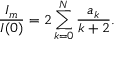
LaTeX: { \frac { I _ { m } } { I ( 0 ) } } = 2 \sum _ { k = 0 } ^ { N } { \frac { a _ { k } } { k + 2 } } .